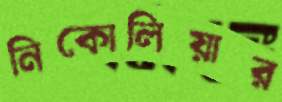
নিকোলিয়ার